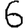
Digit: 6